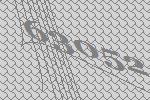
63052